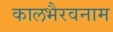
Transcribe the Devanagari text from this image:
कालभैरवनाम